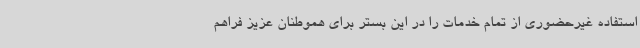
استفاده غیرحضوری از تمام خدمات را در این بستر برای هموطنان عزیز فراهم